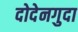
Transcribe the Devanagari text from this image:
दोदेनगुदा